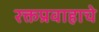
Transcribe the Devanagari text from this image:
रक्तप्रवाहाचे